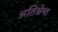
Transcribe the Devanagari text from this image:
अतिश्रेष्‍ठ